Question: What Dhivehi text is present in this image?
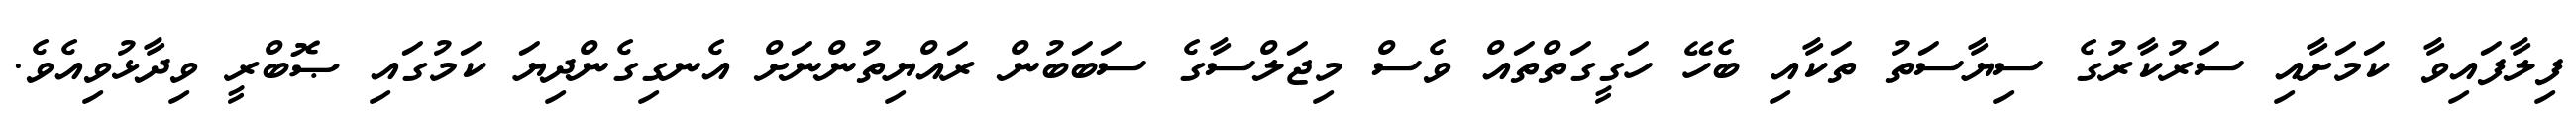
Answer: ފިލާފައިވާ ކަމަށާއި ސަރުކާރުގެ ސިޔާސަތު ތަކާއި ބެހޭ ހަގީގަތްތައް ވެސް މިޖަލްސާގެ ސަބަބުން ރައްޔިތުންނަށް އެނގިގެންދިޔަ ކަމުގައި ޞޮބްރީ ވިދާޅުވިއެވެ.